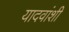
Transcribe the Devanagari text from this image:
यादवांशी